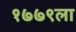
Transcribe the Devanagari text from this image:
१७७९ला